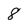
Character: 8